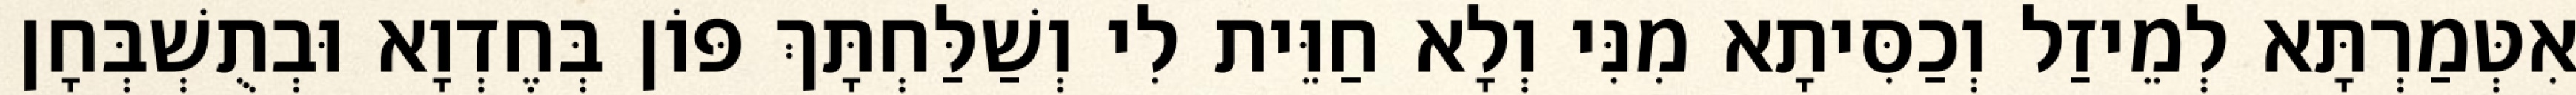
אִטְּמַרְתָּא לְמֵיזַל וְכַסִּיתָא מִנִּי וְלָא חַוֵּית לִי וְשַׁלַּחְתָּךְ פּוֹן בְּחֶדְוָא וּבְתֻשְׁבְּחָן